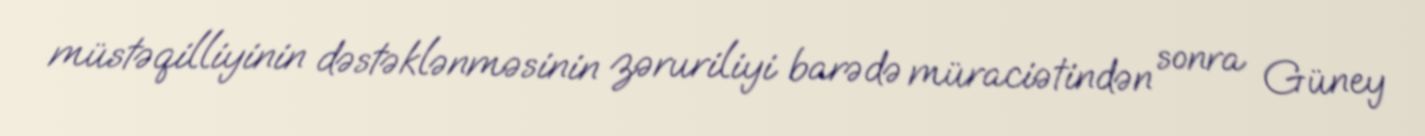
müstəqilliyinin dəstəklənməsinin zəruriliyi barədə müraciətindən sonra Güney